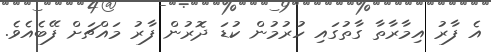
އެ ފާރު އިމާރާތާ ގާތުގައި ހުރުމުން ކުޑަ ދޮރުން ފާރު މައްޗަށް ފޭބެއެވެ.